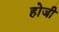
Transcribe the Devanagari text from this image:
होजी